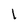
Character: l